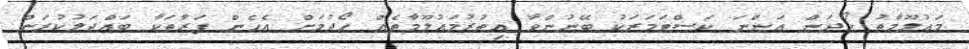
މަޢުލޫމާތު ހޯދަން އަންނަ ކަސްޓަމަރަކު ބޭނުންވާ އިތުރުމަޢުލޫމާތެއް ހޯދުމަށް އެހެން ފަރާތަކާ ބައްދަލުކުރަން